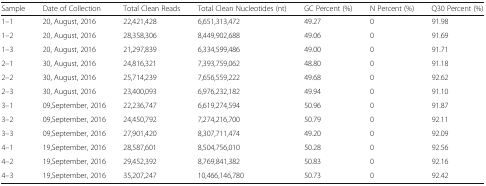
<table><thead><tr><td><b>Sample</b></td><td><b>Date of Collection</b></td><td><b>Total Clean Reads</b></td><td><b>Total Clean Nucleotides (nt)</b></td><td><b>GC Percent (%)</b></td><td><b>N Percent (%)</b></td><td><b>Q30 Percent (%)</b></td></tr></thead><tbody><tr><td>1–1</td><td>20, August, 2016</td><td>22,421,428</td><td>6,651,313,472</td><td>49.27</td><td>0</td><td>91.98</td></tr><tr><td>1–2</td><td>20, August, 2016</td><td>28,358,306</td><td>8,449,902,688</td><td>49.06</td><td>0</td><td>91.69</td></tr><tr><td>1–3</td><td>20, August, 2016</td><td>21,297,839</td><td>6,334,599,486</td><td>49.00</td><td>0</td><td>91.71</td></tr><tr><td>2–1</td><td>30, August, 2016</td><td>24,816,321</td><td>7,393,759,062</td><td>48.80</td><td>0</td><td>91.18</td></tr><tr><td>2–2</td><td>30, August, 2016</td><td>25,714,239</td><td>7,656,559,222</td><td>49.68</td><td>0</td><td>92.62</td></tr><tr><td>2–3</td><td>30, August, 2016</td><td>23,400,093</td><td>6,976,232,182</td><td>49.94</td><td>0</td><td>91.10</td></tr><tr><td>3–1</td><td>09,September, 2016</td><td>22,236,747</td><td>6,619,274,594</td><td>50.96</td><td>0</td><td>91.87</td></tr><tr><td>3–2</td><td>09,September, 2016</td><td>24,450,792</td><td>7,274,216,700</td><td>50.79</td><td>0</td><td>92.11</td></tr><tr><td>3–3</td><td>09,September, 2016</td><td>27,901,420</td><td>8,307,711,474</td><td>49.20</td><td>0</td><td>92.09</td></tr><tr><td>4–1</td><td>19,September, 2016</td><td>28,587,601</td><td>8,504,756,010</td><td>50.28</td><td>0</td><td>92.56</td></tr><tr><td>4–2</td><td>19,September, 2016</td><td>29,452,392</td><td>8,769,841,382</td><td>50.83</td><td>0</td><td>92.16</td></tr><tr><td>4–3</td><td>19,September, 2016</td><td>35,207,247</td><td>10,466,146,780</td><td>50.73</td><td>0</td><td>92.42</td></tr></tbody></table>